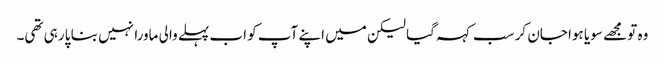
وہ تو مجھے سویا ہوا جان کر سب کہہ گیا لیکن میں اپنے آپ کو اب پہلے والی ماورا نہیں بنا پا رہی تھی۔